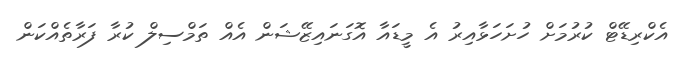
އެކްރިޑޭޓް ކުރުމަށް ހުށަހަޅާއިރު އެ މީޑައާ އޮގަނައިޒޭޝަން އެއް ތަމްސިލް ކުރާ ފަރާތެއްކަން